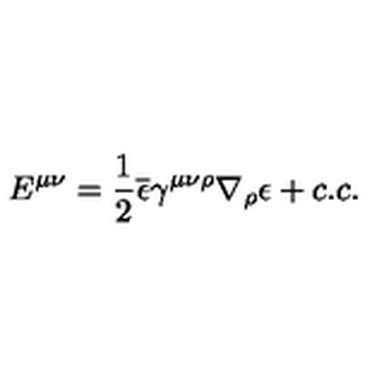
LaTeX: E ^ { \mu \nu } = \frac { 1 } { 2 } \overline { { \epsilon } } \gamma ^ { \mu \nu \rho } \nabla _ { \rho } \epsilon + c . c .